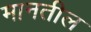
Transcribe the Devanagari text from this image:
मानतील